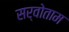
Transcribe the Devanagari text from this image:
सर्वोताम